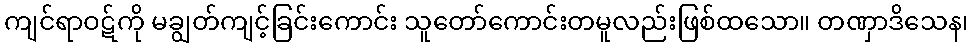
ကျင်ရာဝဋ်ကို မချွတ်ကျင့်ခြင်းကောင်း သူတော်ကောင်းတမူလည်းဖြစ်ထသော။ တဏှာဒိသေန၊